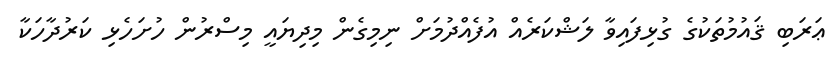
ޢަރަބި ޤައުމުތަކުގެ ގުޅިފައިވާ ލަޝްކަރެއް އުފެއްދުމަށް ނިމިގެން މިދިޔައީ މިސްރުން ހުށަހެޅި ކަރުދާހަކާ